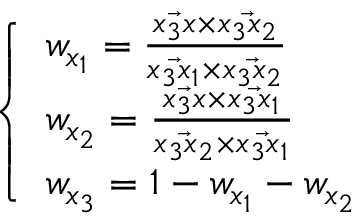
\left\{ \begin{array} { l l } { w _ { x _ { 1 } } = \frac { \Vec { x _ { 3 } x } \times \Vec { x _ { 3 } x _ { 2 } } } { \Vec { x _ { 3 } x _ { 1 } } \times \Vec { x _ { 3 } x _ { 2 } } } } \\ { w _ { x _ { 2 } } = \frac { \Vec { x _ { 3 } x } \times \Vec { x _ { 3 } x _ { 1 } } } { \Vec { x _ { 3 } x _ { 2 } } \times \Vec { x _ { 3 } x _ { 1 } } } } \\ { w _ { x _ { 3 } } = 1 - w _ { x _ { 1 } } - w _ { x _ { 2 } } } \end{array} \right.